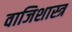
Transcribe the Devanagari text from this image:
वाजिशास्त्र